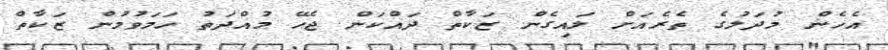
އެހެން މުދަލުގެ ތެރެއަށް ލައިގެން ޒަކާތް ދައްކަން ޖެހޭ މުއްދަތު ހަމަވުމުން ޒަކާތް